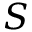
S